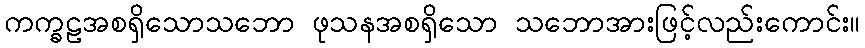
ကက္ခဠအစရှိသောသဘော ဖုသနအစရှိသော သဘောအားဖြင့်လည်းကောင်း။